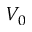
V _ { 0 }